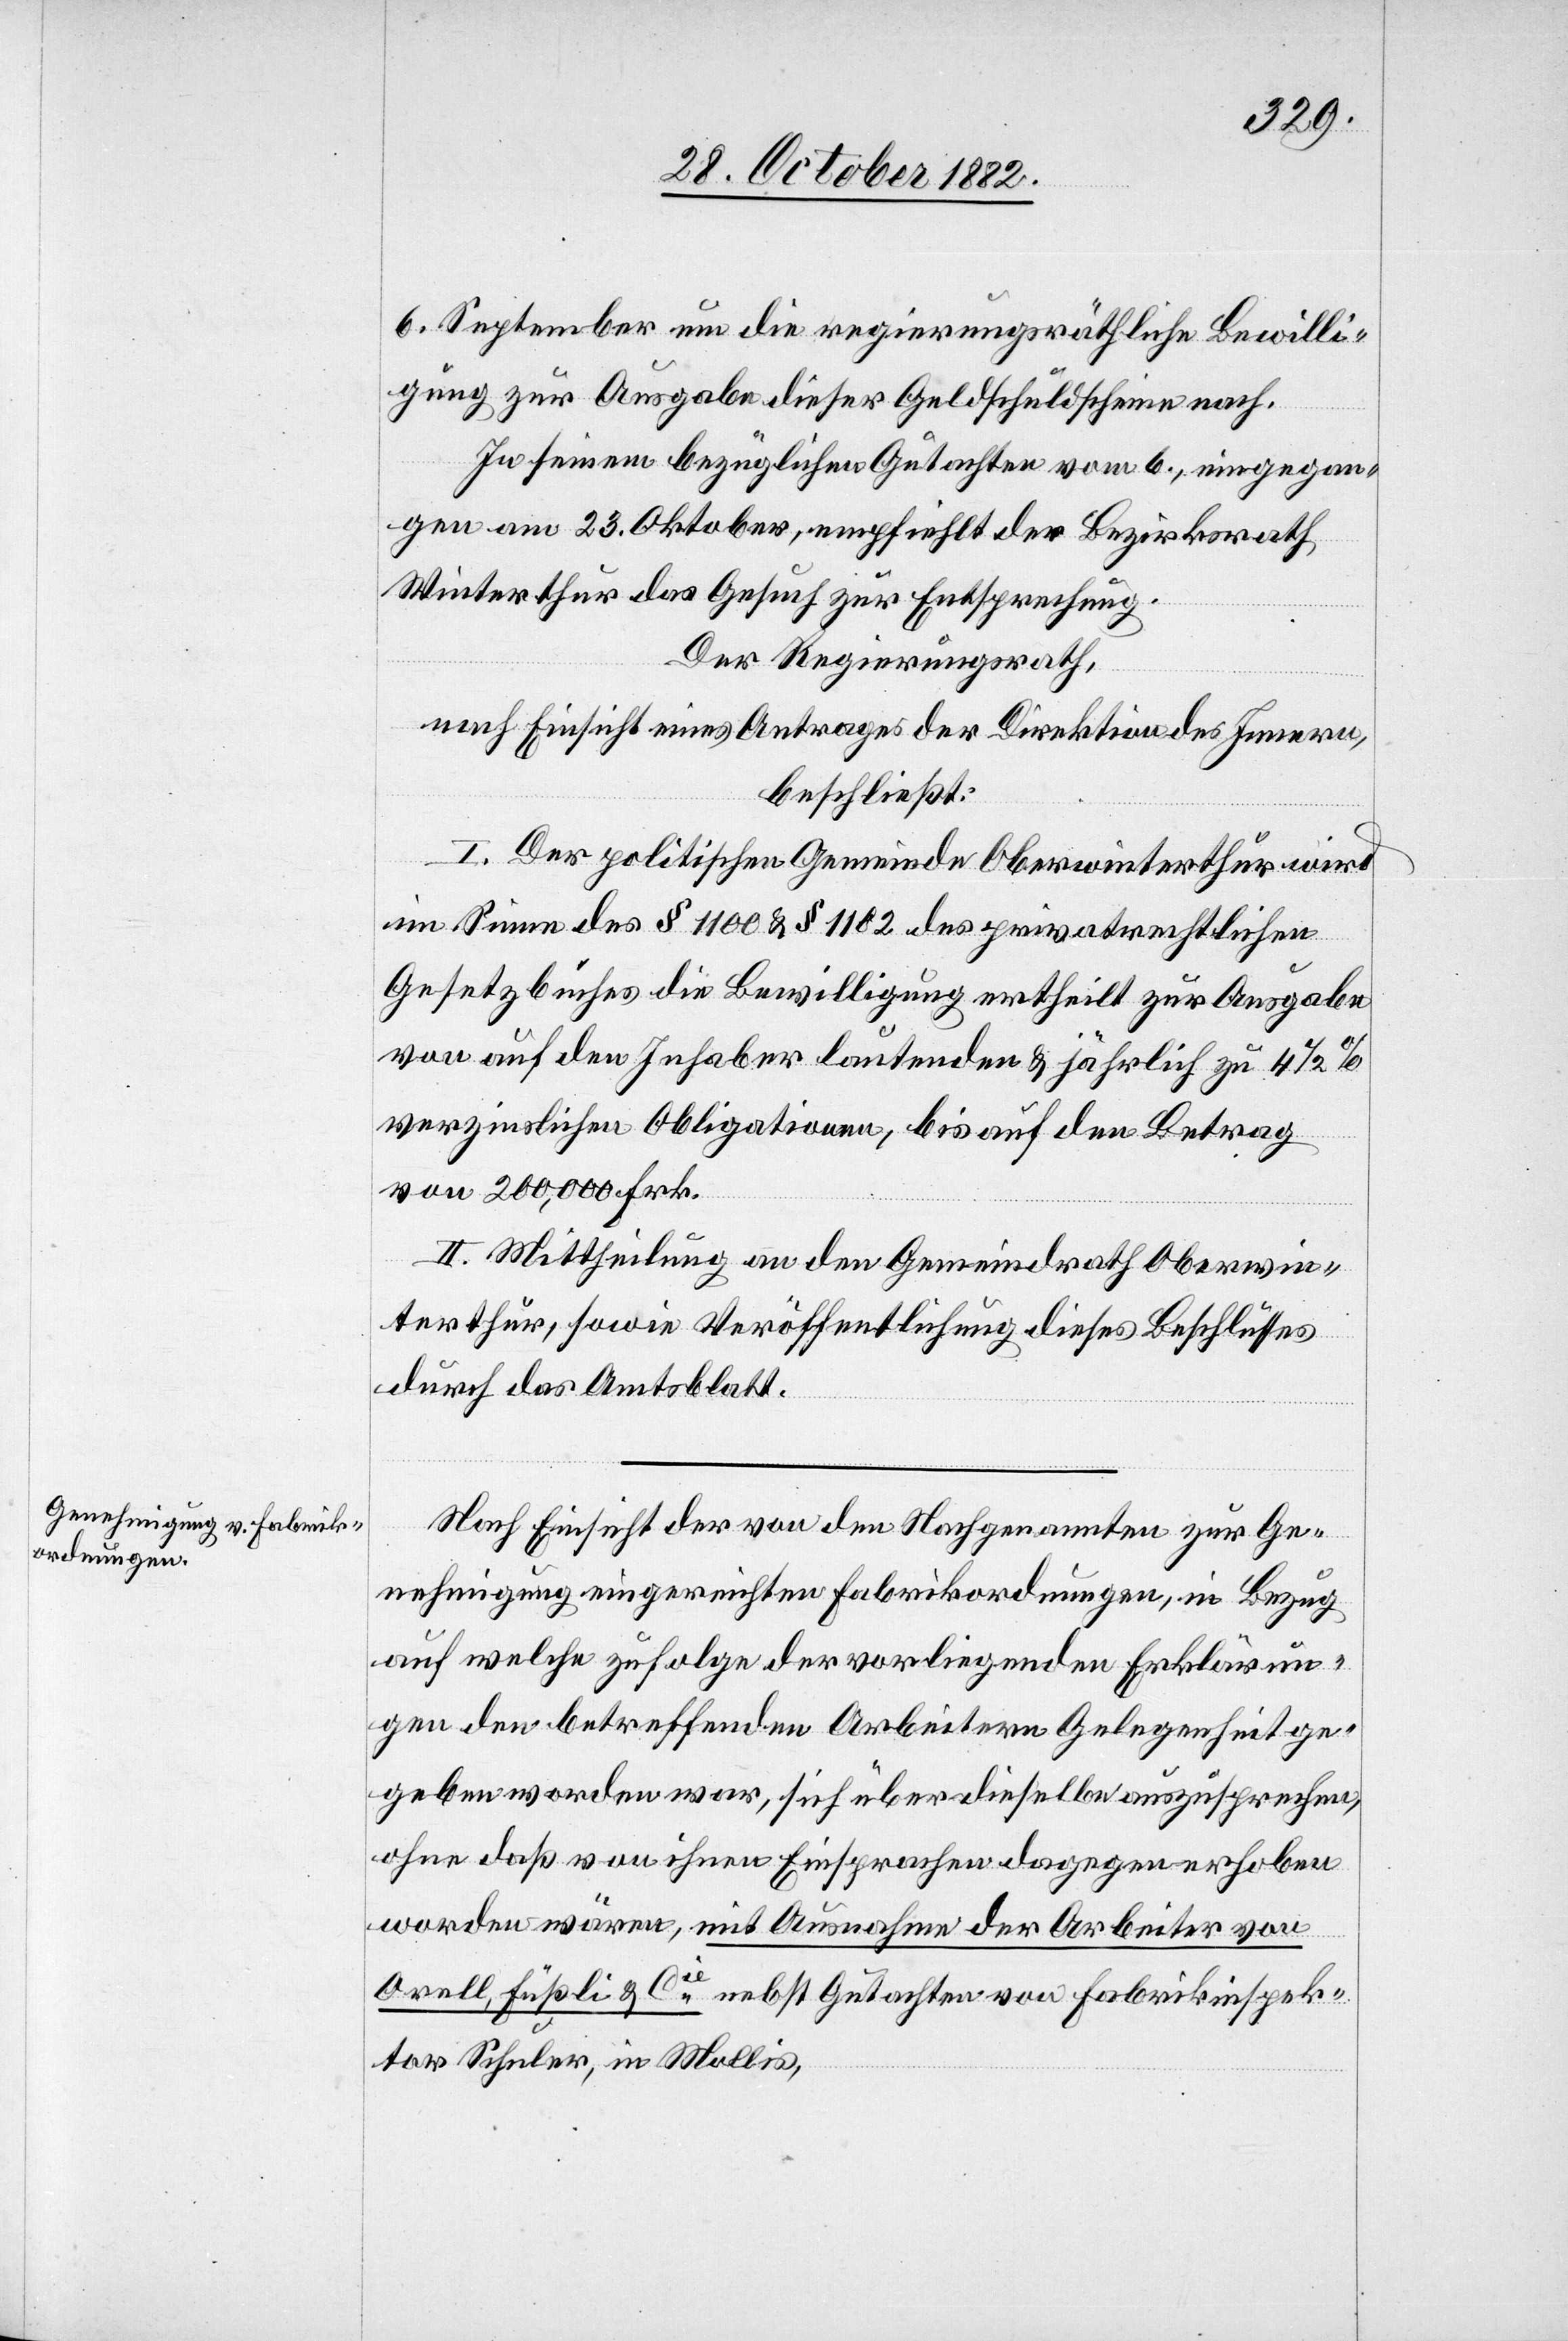
6. September um die regierungsräthliche Bewilli¬
gung zur Ausgabe dieser Geldschuldscheine nach.
In seinem bezüglichen Gutachten vom 6., eingegan¬
gen am 23. Oktober, empfiehlt der Bezirksrath
Winterthur das Gesuch zur Entsprechung.
Der Regierungsrath,
nach Einsicht eines Antrages der Direktion des Innern,
beschließt:
I. Der politischen Gemeinde Oberwinterthur wird
im Sinne des § 1100 & 1102 des privatrechtlichen
Gesetzbuches die Bewilligung ertheilt zur Ausgabe
von auf den Inhaber lautenden & jährlich zu 4 1/2%
verzinslichen Obligationen, bis auf den Betrag
von 200,000 Frk.
II. Mittheilung an den Gemeindrath Oberwin¬
terthur, sowie Veröffentlichung dieses Beschlusses
durch das Amtsblatt.
Nach Einsicht der von den Nachgenannten zur Ge¬
nehmigung eingereichten Fabrikordnungen, in Bezug
auf welche zufolge der vorliegenden Erklärun¬
gen den betreffenden Arbeitern Gelegenheit ge¬
geben worden war, sich über dieselbe auszusprechen,
ohne daß von ihnen Einsprachen dagegen erhoben
worden wären, mit Ausnahme der Arbeiter von
Orell, Füßli & Cie nebst Gutachten von Fabrikinspek¬
tor Schuler, in Mollis,